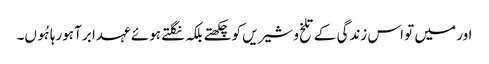
اور میں تو اس زندگی کے تلخ و شیریں کو چکھتے بلکہ نگلتے ہوئے عہدا برآ ہورہا ہُوں۔